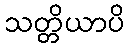
သတ္တိယာပိ